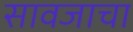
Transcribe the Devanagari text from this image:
सावजाचा